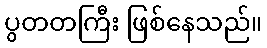
ပွတတကြီး ဖြစ်နေသည်။